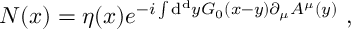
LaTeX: N ( x ) = \eta ( x ) e ^ { - i \int \mathrm { d } ^ { \mathrm { d } } y G _ { 0 } ( x - y ) \partial _ { \mu } A ^ { \mu } ( y ) } \ ,